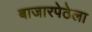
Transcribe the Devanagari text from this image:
बाजारपेठेला